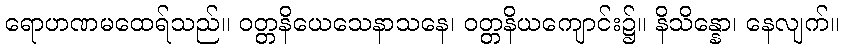
ရောဟဏမထေရ်သည်။ ဝတ္တနိယေသေနာသနေ၊ ဝတ္တနိယကျောင်း၌။ နိသိန္နော၊ နေလျက်။